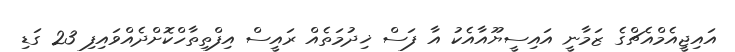
އައިޖީއެމްއެޗްގެ ޒަމާނީ އައިސީޔޫއާއެކު އާ ފަސް ޚިދުމަތެއް ރައީސް އިފްތިތާހްކޮށްދެއްވައިފި 23 ގަޑި